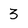
Character: 3